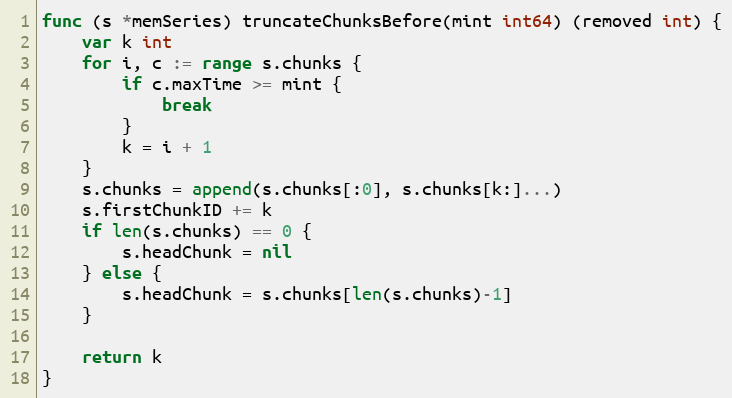
Language: Go
func (s *memSeries) truncateChunksBefore(mint int64) (removed int) {
	var k int
	for i, c := range s.chunks {
		if c.maxTime >= mint {
			break
		}
		k = i + 1
	}
	s.chunks = append(s.chunks[:0], s.chunks[k:]...)
	s.firstChunkID += k
	if len(s.chunks) == 0 {
		s.headChunk = nil
	} else {
		s.headChunk = s.chunks[len(s.chunks)-1]
	}

	return k
}